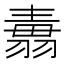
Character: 𦑢